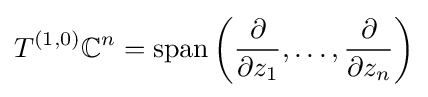
T^{(1,0)}\mathbb {C} ^{n}=\operatorname {span} \left({\frac {\partial }{\partial z_{1}}},\dots ,{\frac {\partial }{\partial z_{n}}}\right)